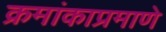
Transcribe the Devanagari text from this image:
क्रमांकाप्रमाणे